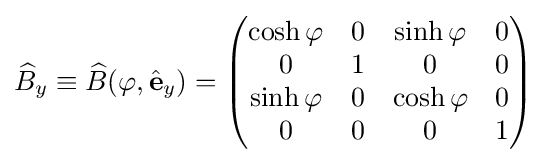
{\widehat {B}}_{y}\equiv {\widehat {B}}(\varphi ,{\hat {\mathbf {e} }}_{y})={\begin{pmatrix}\cosh \varphi &0&\sinh \varphi &0\\0&1&0&0\\\sinh \varphi &0&\cosh \varphi &0\\0&0&0&1\\\end{pmatrix}}